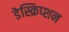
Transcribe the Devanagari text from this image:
डेस्क्रिप्शन